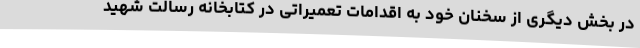
در بخش دیگری از سخنان خود به اقدامات تعمیراتی در کتابخانه رسالت شهید